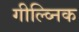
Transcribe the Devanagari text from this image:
गील्व्निक